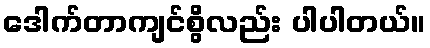
ဒေါက်တာကျင်စွိလည်း ပါပါတယ်။